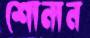
শোনান